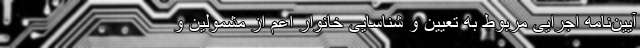
آیین‌نامه اجرایی مربوط به تعیین و شناسایی خانوار اعم از مشمولین و